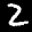
Label: 2